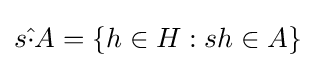
s{\hat {\cdot }}A=\left\{h\in H:sh\in A\right\}